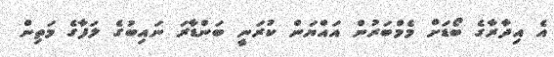
އެ އިދާރާގެ ބޯޑަށް މެމްބަރުން އައްޔަން ކުރަނީ ބަންޑާރަ ނައިބުގެ ލަފާގެ މަތިން